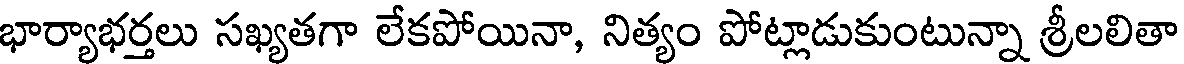
భార్యాభర్తలు సఖ్యతగా లేకపోయినా, నిత్యం పోట్లాడుకుంటున్నా శ్రీలలితా